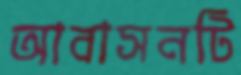
আবাসনটি